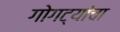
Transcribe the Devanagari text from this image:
गोगट्यांचा